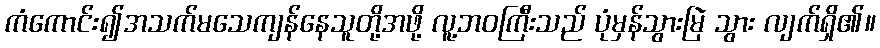
ကံကောင်း၍အသက်မသေကျန်နေသူတို့အဖို့ လူ့ဘဝကြီးသည် ပုံမှန်သွားမြဲ သွား လျက်ရှိ၏။